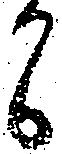
間